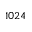
1 0 2 4